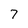
Character: 7